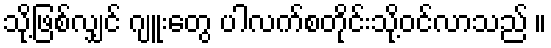
သို့ဖြစ်လျှင် ဂျူးတွေ ပါလက်စတိုင်းသို့ဝင်လာသည် ။